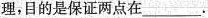
理，目的是保证两点在___.